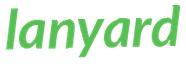
lanyard